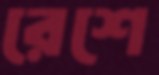
রেশে